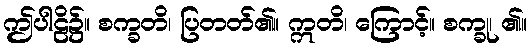
ဤပါဠိ၌။ စက္ခတိ၊ ပြတတ်၏။ ဣတိ၊ ကြောင့်။ စက္ခု၊ ၏။